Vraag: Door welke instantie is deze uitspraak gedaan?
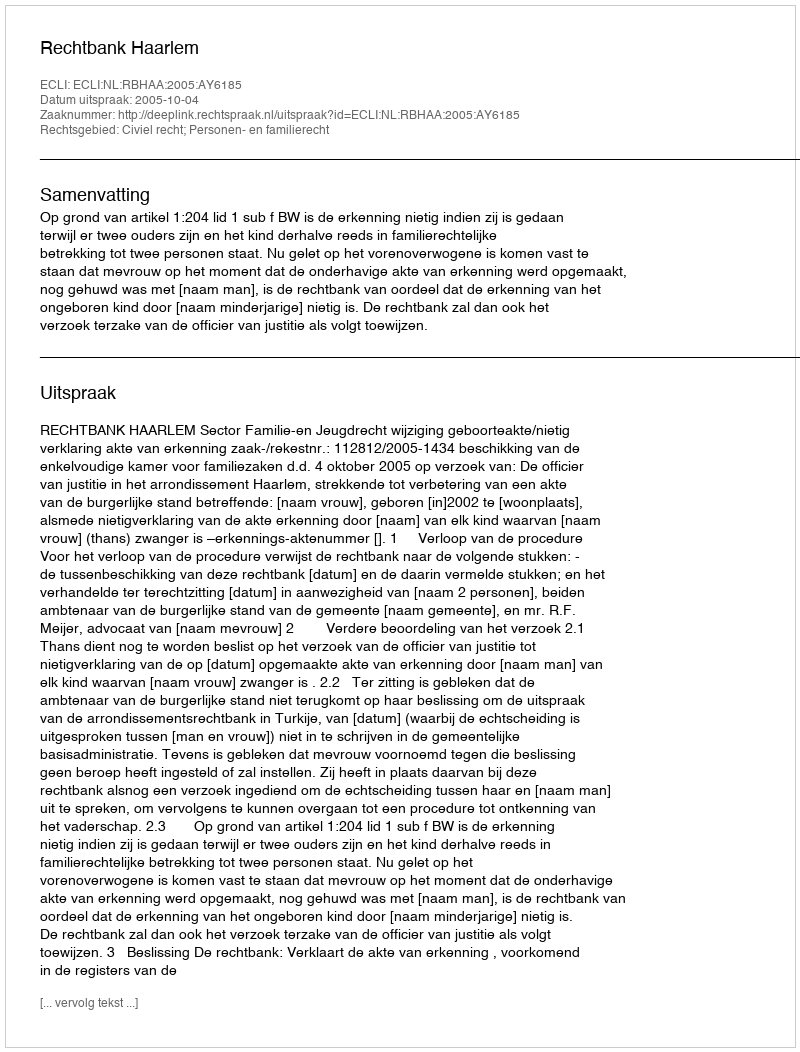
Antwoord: Rechtbank Haarlem